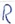
Text: R